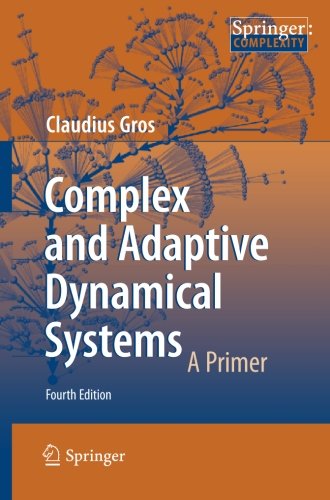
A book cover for Complex and Adaptive Dynamical Systems: A Primer; Claudius Gros; Science & Math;